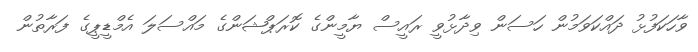
ވާހަކަފުޅު ދައްކަވަމުން ހަސަން ވިދާޅުވީ ރައީސް ޔާމީންގެ ކޮރަޕްޝަންގެ މައްސަލަ އެމްޑީޕީގެ ފަރާތުން